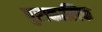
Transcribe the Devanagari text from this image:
पुराकालिक